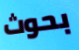
بحوث